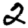
Digit: 2